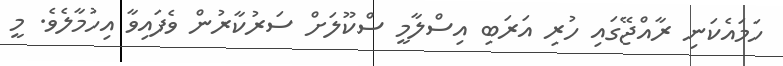
ހަމައެކަނި ރާއްޖޭގައި ހުރި އަރަބި އިސްލާމީ ސްކޫލަށް ސަރުކާރުން ވެފައިވާ އިހުމާލެވެ. މީ